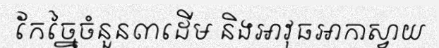
កែច្នៃចំនួន៣ដើម និងអាវុធអាកាស្វាយ